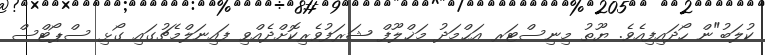
ކުލަބު"ން ހޯދައިފިއެވެ. ޔޫތު މިނިސްޓަރ އަޙްމަދު މަޚްލޫފް ޝަރަފުވެރިކޮށްދެއްވި ފައިނަލްމެޗުގައި ގޯޅި ސްޕޯޓްސް